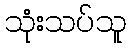
သုံးသပ်သူ